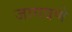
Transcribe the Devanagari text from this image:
जागवणे